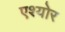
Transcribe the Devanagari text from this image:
एश्योर